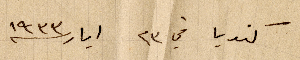
كنديا في ٢٣ أيار ١٩٣٣